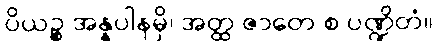
ပိယဉ္စ အန္နပါနမှိ၊ အတ္ထ ဇာတေ စ ပဏ္ဍိတံ။